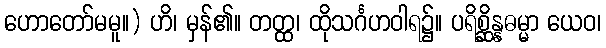
ဟောတော်မမူ။) ဟိ၊ မှန်၏။ တတ္ထ၊ ထိုသင်္ဂဟဝါရ၌။ ပရိစ္ဆိန္နဓမ္မာ ယေဝ၊